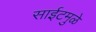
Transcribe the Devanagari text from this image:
साईटमुळे